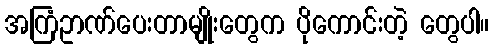
အကြံဥာဏ်ပေးတာမျိုးတွေက ပိုကောင်းတဲ့ တွေပါ။